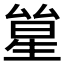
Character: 𠬋